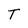
Character: T